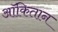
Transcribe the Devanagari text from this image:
ऑकितान